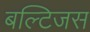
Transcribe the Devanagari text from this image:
बल्टिजस